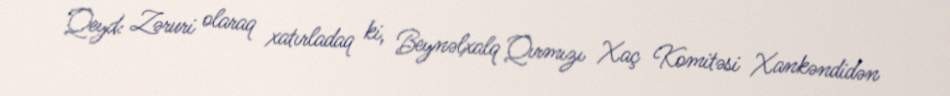
Qeyd: Zəruri olaraq xatırladaq ki, Beynəlxalq Qırmızı Xaç Komitəsi Xankəndidən